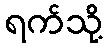
ရက်သို့